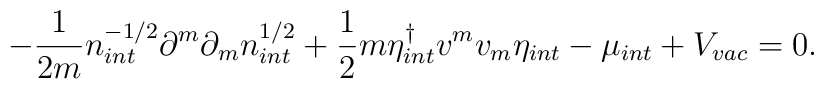
-\frac{1}{2m}n_{int}^{-1/2}\partial ^{m}\partial _{m}n_{int}^{1/2}+\frac{1}{2}m\eta _{int}^{\dagger }v^{m}v_{m}\eta _{int}-\mu _{int}+V_{vac}=0.